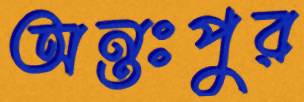
অন্তঃপুর